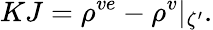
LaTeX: KJ=\rho^{ve}-\rho^{v}\vert_{\zeta^{\prime}}.